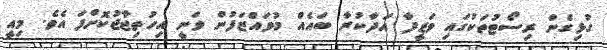
ގުޅިގެން ރިސޯޓުތަކުގައި ވަޒީފާ އަދާކުރާ ބައެއް މުވައްޒަފުން ވަނީ އިހުތިޖާޖުކޮށްފަ އެވެ. މިއީ